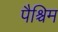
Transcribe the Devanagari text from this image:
पैश्चिम